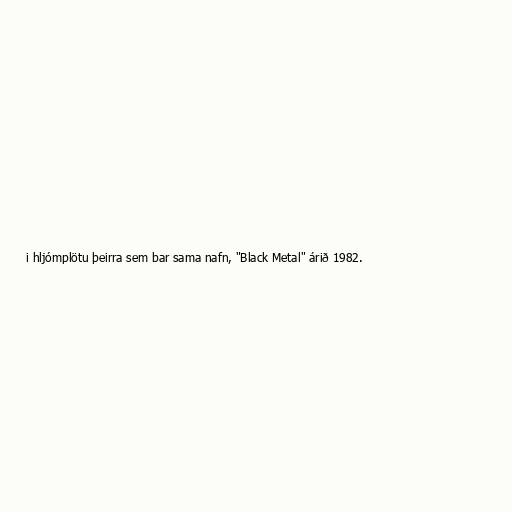
i hljómplötu þeirra sem bar sama nafn, "Black Metal" árið 1982.